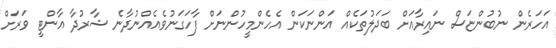
އަހަރެން ނުބުންޏަސް ނައިރާއަށް ބަދަލުތަކެއް އަންނަކަން އެހެންމީހުންނަށް ފާހަގަނުވެއެއްނުދާނެ ޝާރުދާ އާންޓީ ވަރަށް